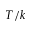
T / k